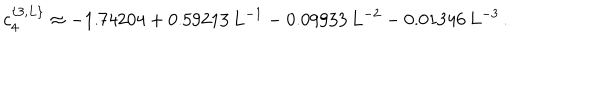
c _ { 4 } ^ { \{ 3 , L \} } \approx - 1 . 7 4 2 0 4 + 0 . 5 9 2 1 3 \, L ^ { - 1 } - 0 . 0 9 9 3 3 \, L ^ { - 2 } - 0 . 0 1 3 4 6 \, L ^ { - 3 } \, .